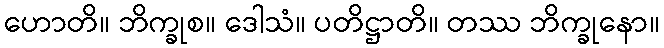
ဟောတိ။ ဘိက္ခုစ။ ဒေါသံ။ ပတိဋ္ဌာတိ။ တဿ ဘိက္ခုနော။